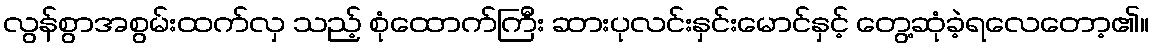
လွန်စွာအစွမ်းထက်လှ သည့် စုံထောက်ကြီး ဆားပုလင်းနှင်းမောင်နှင့် တွေ့ဆုံခဲ့ရလေတော့၏။